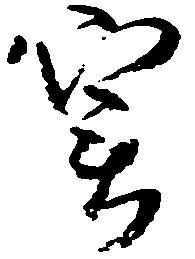
実